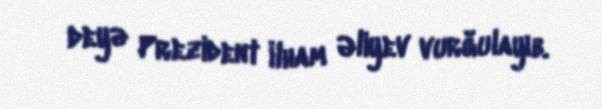
deyə Prezident İlham Əliyev vurğulayıb.